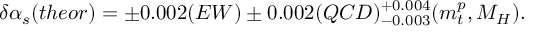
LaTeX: \delta \alpha _ { s } ( t h e o r ) = \pm 0 . 0 0 2 ( E W ) \pm 0 . 0 0 2 ( Q C D ) _ { - 0 . 0 0 3 } ^ { + 0 . 0 0 4 } ( m _ { t } ^ { p } , M _ { H } ) .